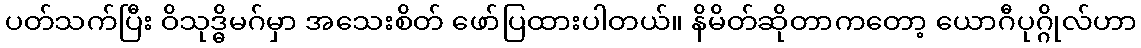
ပတ်သက်ပြီး ဝိသုဒ္ဓိမဂ်မှာ အသေးစိတ် ဖော်ပြထားပါတယ်။ နိမိတ်ဆိုတာကတော့ ယောဂီပုဂ္ဂိုလ်ဟာ